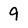
Character: 9